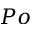
P o